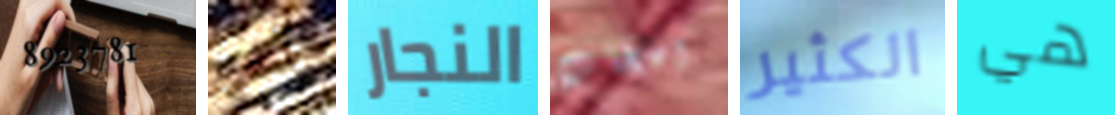
8923781 آخر النجار اعجاب الكثير هي